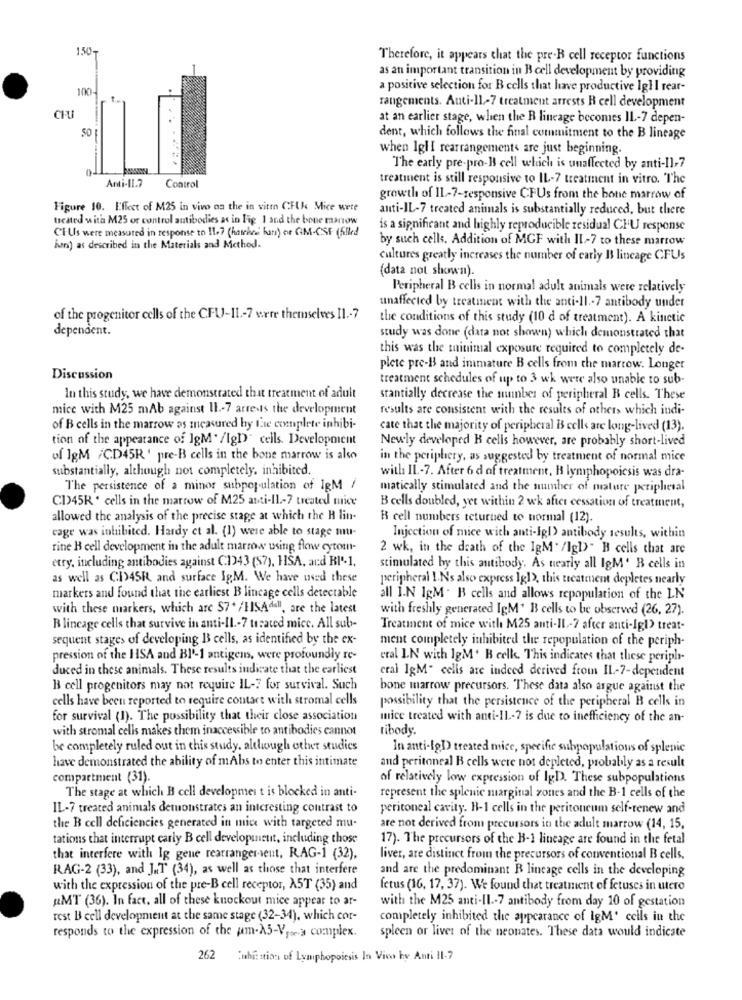
150-
Therefore, it appears that the pre-B cell receptor functions
as an important transition in Bcell development by providing
100.
a positive selection for B cells that have productive Igl I rear-
rangements. Anti-11-7 treatment arrests R cell development
CFU
at an earlier stage, when the R lineage becomes IL-7 depen-
€0
dent, which follows the final commitment to the B lineage
when IgHI rearrangements are just beginning.
The early pre-pro-B cell which is unaffected by anti-11,7
Anti-11.7
Control
treatment is still responsive to IL-7 treatment in vitro. The
growth of IL-7-responsive CFUs from the bone marrow of
Figure 10. Effect of M25 in vivo on the in vite CFUK Mice wete
anti-IL-7 treated animals is substantially reduced, but there
treated with M25 or control antibodies as in Fig 1 and the bone marrow
is a significant and highly reproducible residual CHU response
CF Us were measured in response to 11.7 (howher hars) or GM-CSF (filled
by such cells. Addition of MGF with IL-7 to these marrow
Årrs) as described in the Materials and Method.
cultures greatly increases the number of early I3 lineage CFUs
(data not shown).
Peripheral B cells in normal adult animals were relatively
unaffected by treatment with the anti-1l .- 7 antibody under
of the progenitor cells of the CFU-IL .- 7 were themselves Il .- 7
the conditions of this study (10 d of treatment). A kinetic
dependent.
study was done (data not shown) which demonstrated that
this was the tuinimal exposure required to completely de-
plete pre-B and immature B cells from the marrow. Longer
Discussion
treatment schedules of up to 3 wh were also unable to sub-
In this study, we have demonstrated that treatment of adult
stantially decrease the munber of peripheral B cells. These
mice with M25 mAb against II .- 7 arrests the development
results are consistent with the results of others which indi-
of B cells in the marrow as measured by the complete inhibi-
cate that the majority of peripheral B cells are long-lived (13).
tion of the appearance of IgM' /lgD' cells. Development
Newly developed B cells however, are probably short-lived
of IgM /CD45R ' pre-B cells in the bone marrow is also
in the periphery, as suggested by treatment of normal mice
substantially, although not completely, inhibited.
with IL .- 7. After 6 d of treatment, I lymphopoiesis was dra-
The persistence of a minor subpopulation of IgM /
matically stimulated and the number of mature peripheral
C1)45R . cells in the marrow of M25 anti-1l .- 7 treated mice
B cells doubled, yet within 2 wk after cessation of treatment,
allowed the analysis of the precise stage at which the R lin-
B cell numbers teturned to normal (12).
cage was inhibited. Hardy et al. (1) were able to stage mu-
Injection of mice with anti-Igl) antibody results, within
rine H cell development in the adult marrow using flow cytot-
2 wk, in the death of the IgM ' /lgl>" B cells that are
etry, including antibodies against C143 ($7), HISA, and BI'-1.
stimulated by this antibody. As nearly all IgM' B cells in
as well as CI)45R and surface IgM. We have used these
peripheral 1.Ns also> express 1g1>, this treatment depletes nearly
markers and found that the earliest B lincage cells detectable
all I.N IgM . B cells and allows repopulation of the LN
with these markers, which are $7* /HISAdall, are the latest
with freshly generated IgM' B cells to be observed (26, 27).
R lincage cells that survive in anti-Il .- 7 treated mice. All sub-
Treatment of mice with M25 anti-11-7 after anti-Igl> treat-
sequent stages of developing B3 cells, as identified by the ex-
ment completely inhibited the repopulation of the periph-
pression of the HSA and Bl'-1 antigens, were profoundly Ic-
eral IN with IgM' B celk. This indicates that these periph-
duced in these animals. These results indicate that the earliest
eral IgM" cells are indeed derived from IL-7-dependent
B cell progenitors may not require IL-7 for survival. Such
bone marrow precursors. These data also argue against the
cells have been reported to require contact with stromal cells
possibility that the persistence of the peripheral B cells in
for survival (1). The possibility that their close association
mice treated with anti-11-7 is due to inefficiency of the an-
with stromal cells makes them inaccessible to antibodies cannot
tibody.
be completely ruled out in this study. although other studies
In anti-lgD treated mice, specific subpopulations of splenic
have demonstrated the ability of mAbs to enter this intimate
and peritoneal B cells were not depleted, probably as a result
compartment (31).
of relatively low expression of IgD. These subpopulations
The stage at which B cell development is blocked in anti-
represent the splenic marginal zones and the B-1 cells of the
IL-7 treated animals demonstrates an interesting contrast to
peritoneal cavity. H-1 cells in the peritoneum self-renew and
the B cell deficiencies generated in mice with targeted mu-
are not derived from precursors in the adult marrow (14, 15,
tations that interrupt carly B cell development, including those
17). The precursors of the B-1 lineage are found in the fetal
that interfere with Ig gene rearranger-sent, RAG-1 (32).
liver, are distinct from the precursors of conventional B cells.
RAG-2 (33), and J.T (34), as well as those that interfere
and are the predominant R lineage cells in the developing
with the expression of the pre-B cell receptor, AST (35) and
fetus (16, 17, 37). We found that treatment of fetuses in utero
RMT (36). In fact, all of these knockout mice appear to ar-
with the M25 anti-Il .- 7 antibody from day 10 of gestation
rest B cell development at the same stage (32-34), which cor-
completely inhibited the appearance of igM' cells in the
responds to the expression of the am-A5-Vroe.a complex.
spleen or lives of the neonates. These data would indicate
2 Cmhit ation of Lymphopoiesis In Vivo by Anti Il-7